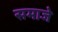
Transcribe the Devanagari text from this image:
समाजे